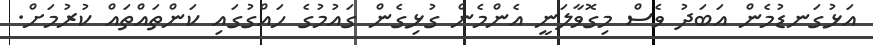
އަޅުގަނޑުމެން އަބަދު ވެސް މިގޮވާލަނީ އެންމެން ގުޅިގެން ގައުމުގެ ހައްގުގައި ކަންތައްތައް ކުރުމަށް.